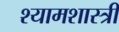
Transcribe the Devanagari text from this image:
श्यामशास्त्री